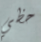
حظي